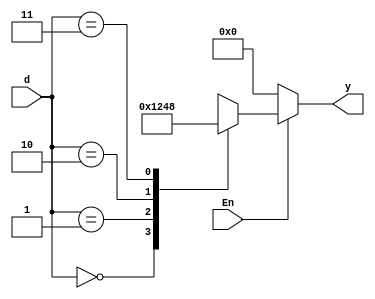
`timescale 1ns / 1ps

module decoder_2to4(d,En,y);
input [1:0]d;
input En;
output reg [3:0]y;

always@(d or En)
begin
if(En)
case(d)
2'b00:y=4'b0001;
2'b01:y=4'b0010;
2'b10:y=4'b0100;
2'b11:y=4'b1000;
endcase
else
y=4'b0000;
end
endmodule